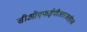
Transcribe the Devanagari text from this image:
सीओएफईपीआरआईएस